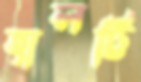
হালট্টি